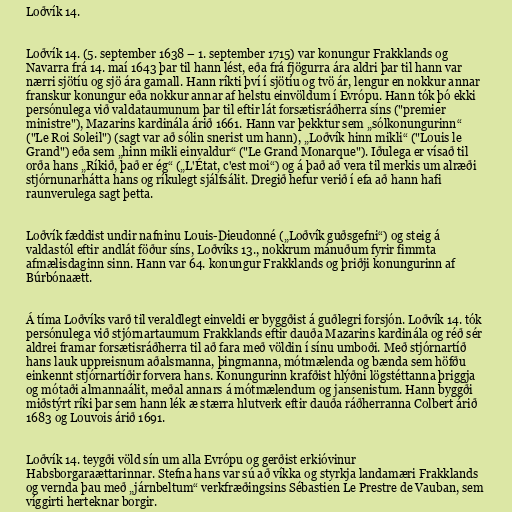
Loðvík 14.

Loðvík 14. (5. september 1638 – 1. september 1715) var konungur Frakklands og
Navarra frá 14. maí 1643 þar til hann lést, eða frá fjögurra ára aldri þar til hann var
nærri sjötíu og sjö ára gamall. Hann ríkti því í sjötíu og tvö ár, lengur en nokkur annar
franskur konungur eða nokkur annar af helstu einvöldum í Evrópu. Hann tók þó ekki
persónulega við valdataumunum þar til eftir lát forsætisráðherra síns ("premier
ministre"), Mazarins kardinála árið 1661. Hann var þekktur sem „sólkonungurinn“
("Le Roi Soleil") (sagt var að sólin snerist um hann), „Loðvík hinn mikli“ ("Louis le
Grand") eða sem „hinn mikli einvaldur“ ("Le Grand Monarque"). Iðulega er vísað til
orða hans „Ríkið, það er ég“ („L'État, c'est moi“) og á það að vera til merkis um alræði
stjórnunarhátta hans og ríkulegt sjálfsálit. Dregið hefur verið í efa að hann hafi
raunverulega sagt þetta.

Loðvík fæddist undir nafninu Louis-Dieudonné („Loðvík guðsgefni“) og steig á
valdastól eftir andlát föður síns, Loðvíks 13., nokkrum mánuðum fyrir fimmta
afmælisdaginn sinn. Hann var 64. konungur Frakklands og þriðji konungurinn af
Búrbónaætt.

Á tíma Loðvíks varð til veraldlegt einveldi er byggðist á guðlegri forsjón. Loðvík 14. tók
persónulega við stjórnartaumum Frakklands eftir dauða Mazarins kardinála og réð sér
aldrei framar forsætisráðherra til að fara með völdin í sínu umboði. Með stjórnartíð
hans lauk uppreisnum aðalsmanna, þingmanna, mótmælenda og bænda sem höfðu
einkennt stjórnartíðir forvera hans. Konungurinn krafðist hlýðni lögstéttanna þriggja
og mótaði almannaálit, meðal annars á mótmælendum og jansenistum. Hann byggði
miðstýrt ríki þar sem hann lék æ stærra hlutverk eftir dauða ráðherranna Colbert árið
1683 og Louvois árið 1691.

Loðvík 14. teygði völd sín um alla Evrópu og gerðist erkióvinur
Habsborgaraættarinnar. Stefna hans var sú að víkka og styrkja landamæri Frakklands
og vernda þau með „járnbeltum“ verkfræðingsins Sébastien Le Prestre de Vauban, sem
víggirti herteknar borgir.